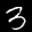
Label: 3